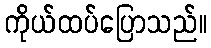
ကိုယ်ထပ်ပြောသည်။